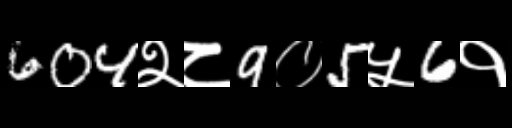
Text: 604२८9०5५6१